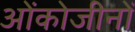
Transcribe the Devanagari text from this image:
ओंकोजीनों